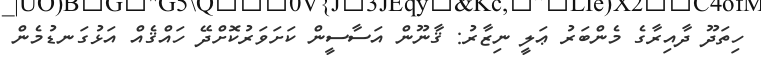
ހިތަދޫ ދާއިރާގެ މެންބަރު ޢަލީ ނިޒާރު: ޤާނޫން އަސާސީން ކަށަވަރުކޮށްދޭ ހައްޤެއް އަޅުގަނޑުމެން